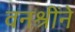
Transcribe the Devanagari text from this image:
वनश्रींने